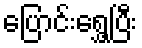
ပြောင်းရွှေ့ပြီး